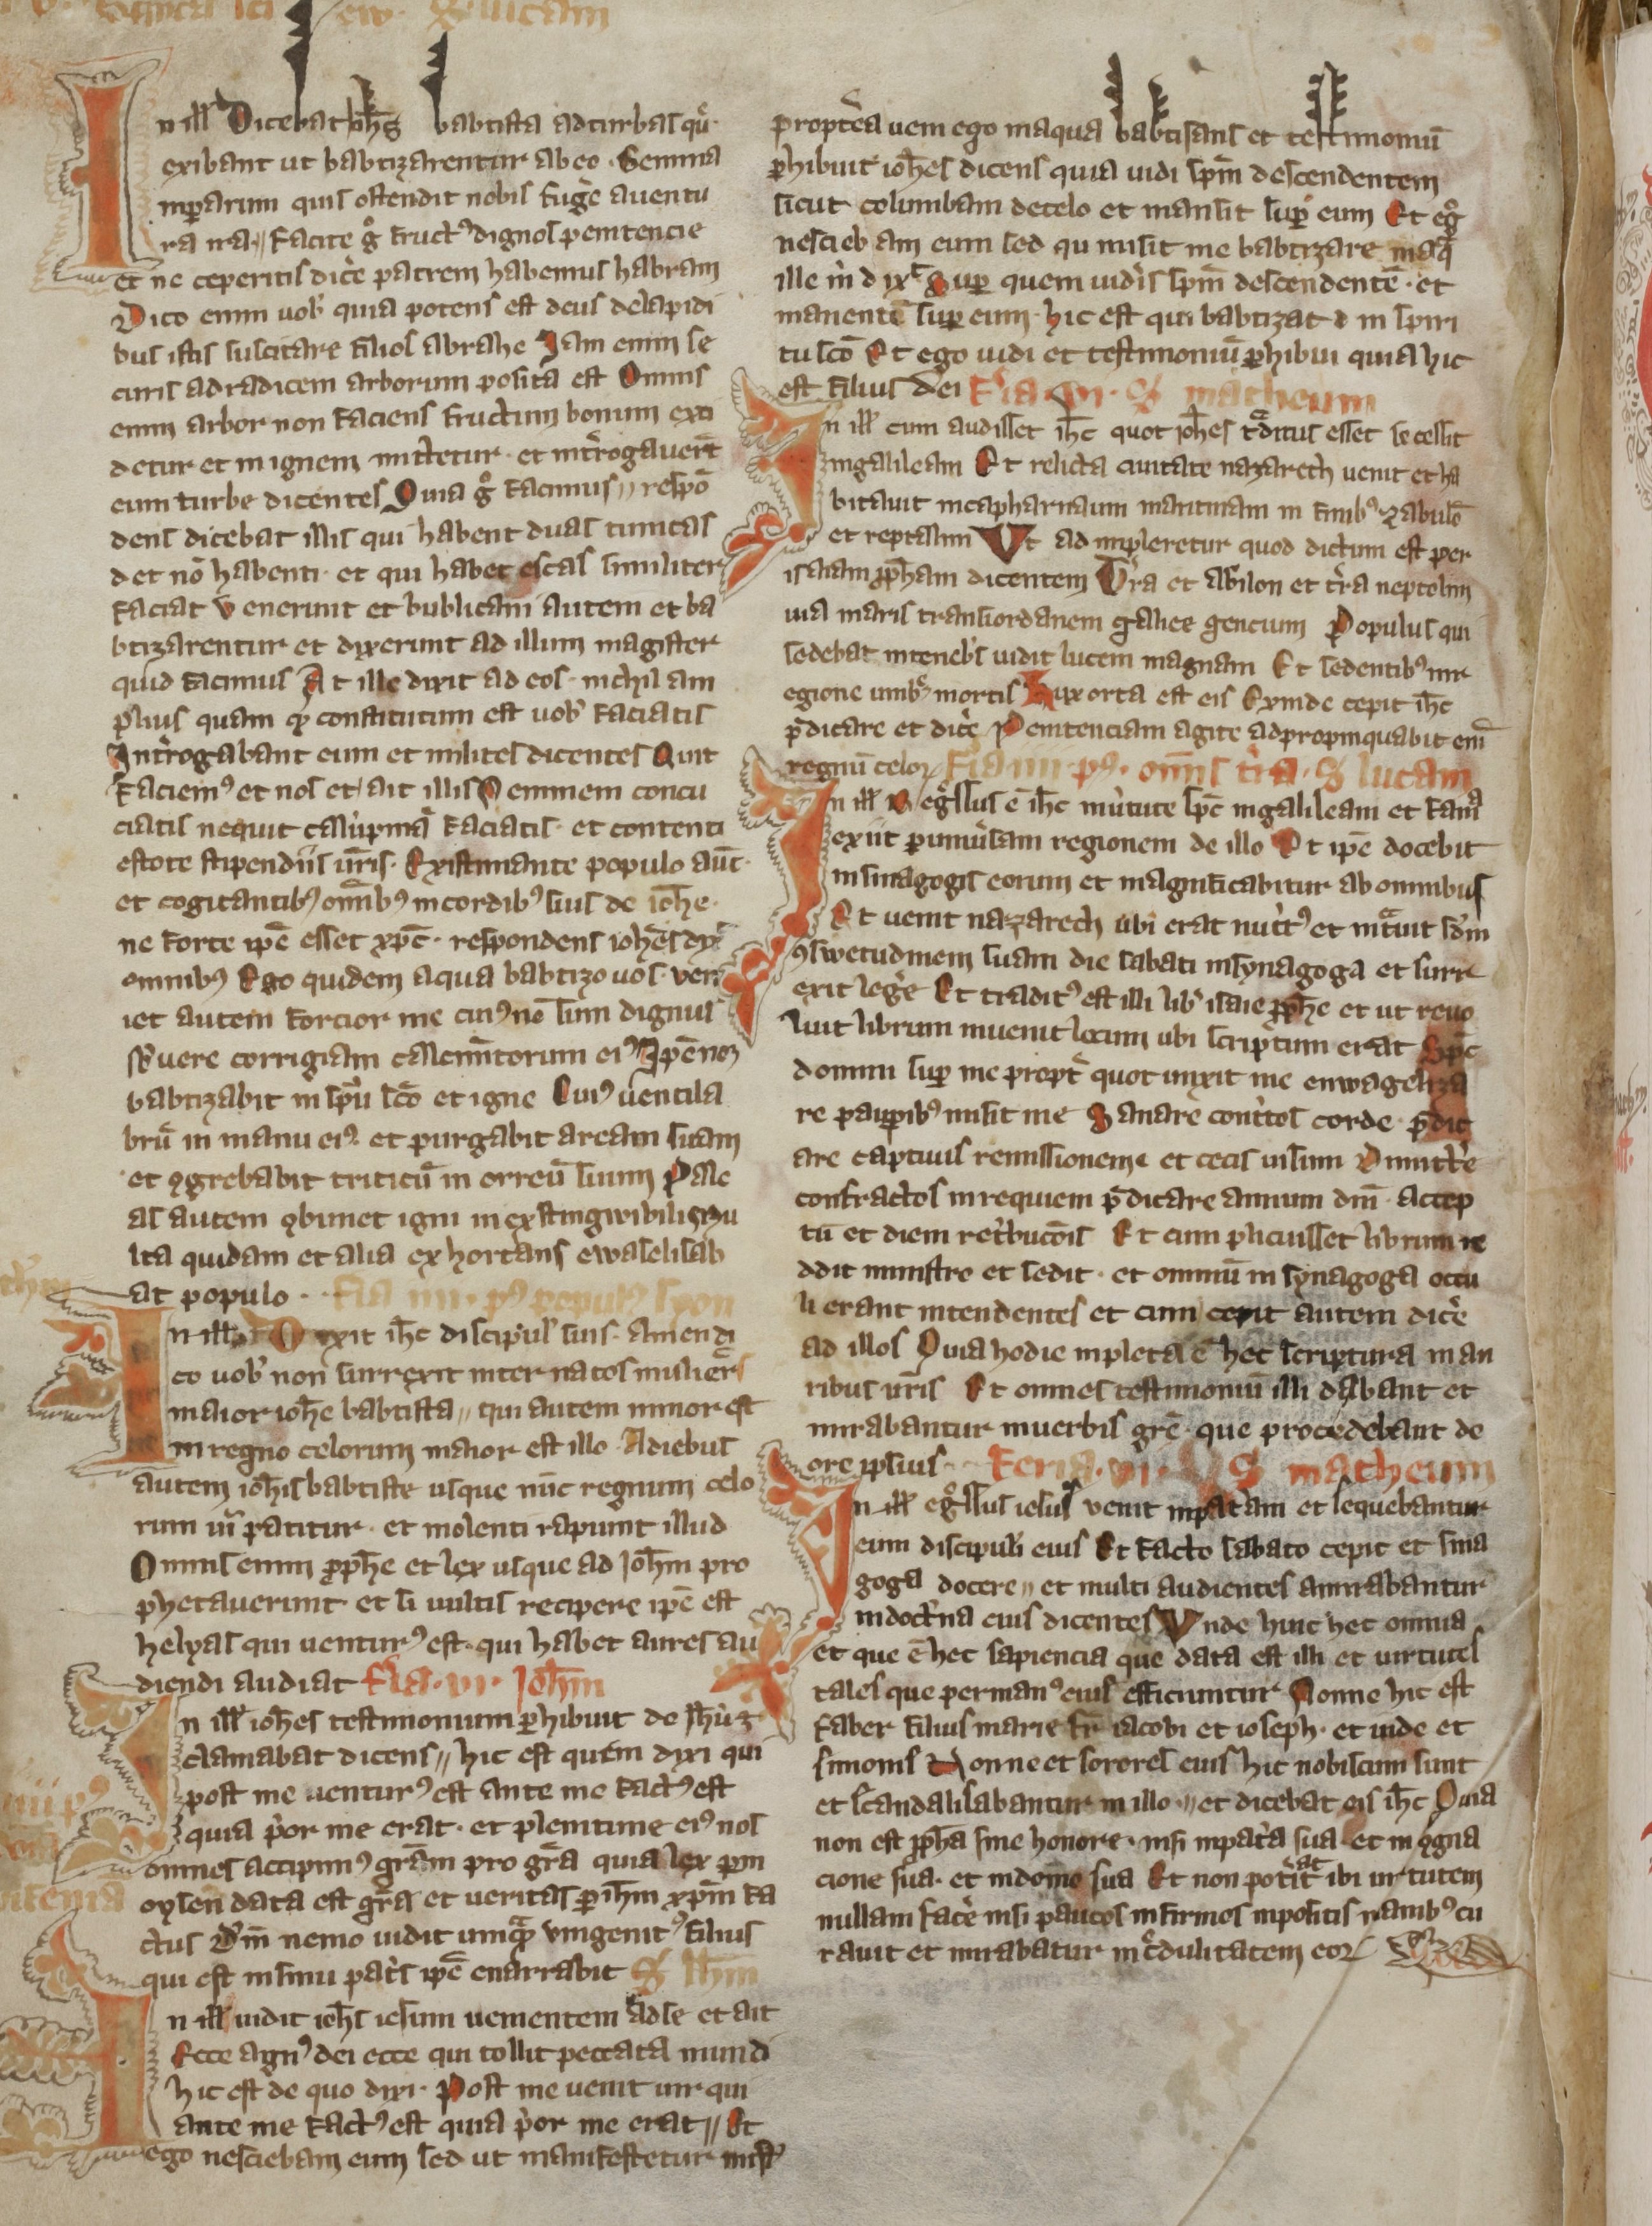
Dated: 800–899